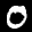
Digit: 0